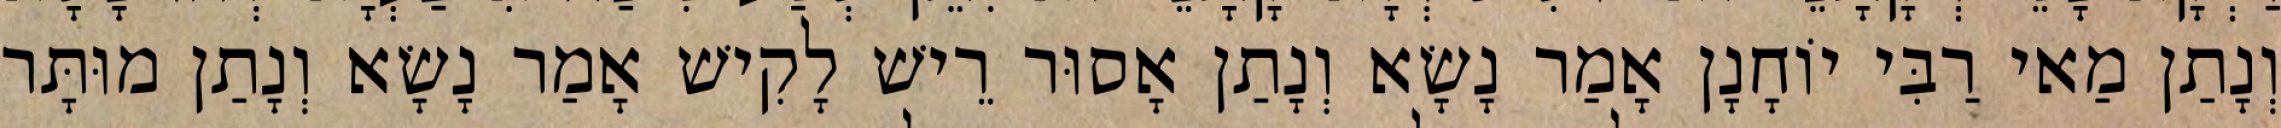
וְנָתַן מַאי רַבִּי יוֹחָנָן אָמַר נָשָׂא וְנָתַן אָסוּר רֵישׁ לָקִישׁ אָמַר נָשָׂא וְנָתַן מוּתָּר